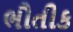
ભૌતીક